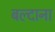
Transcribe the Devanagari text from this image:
बल्दाना